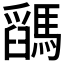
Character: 𩥓